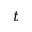
t